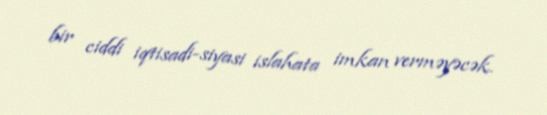
bir ciddi iqtisadi-siyasi islahata imkan verməyəcək.